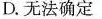
D.无法确定